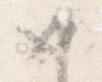
如